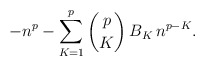
\begin{align*}-n^p - \sum_{K=1}^{p} \binom{p}{K} \, B_K \, n^{p-K}.\end{align*}